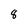
Character: 8